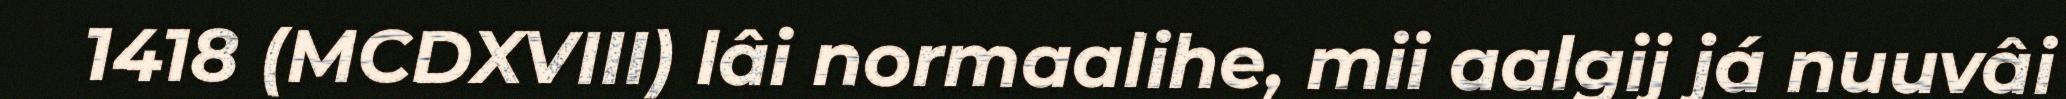
1418 (MCDXVIII) lâi normaalihe, mii aalgij já nuuvâi